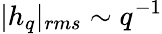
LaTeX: |h_{q}|_{rms}\sim q^{-1}